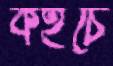
কইচে